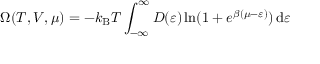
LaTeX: \Omega ( T , V , \mu ) = - k _ { \mathrm { { B } } } T \int _ { - \infty } ^ { \infty } D ( \varepsilon ) \ln ( 1 + e ^ { \beta ( \mu - \varepsilon ) } ) \, \mathrm { d } \varepsilon